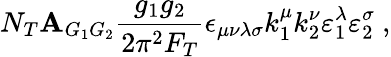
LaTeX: N_{T}\mathbf{A}_{G_{1}G_{2}}\frac{{g_{1}g_{2}}}{{2\pi^{2}F_{T}}}\epsilon_{\mu\nu\lambda\sigma}k_{1}^{\mu}k_{2}^{\nu}\varepsilon_{1}^{\lambda}\varepsilon_{2}^{\sigma}\ ,